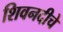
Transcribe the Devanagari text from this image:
शिवनदीचे